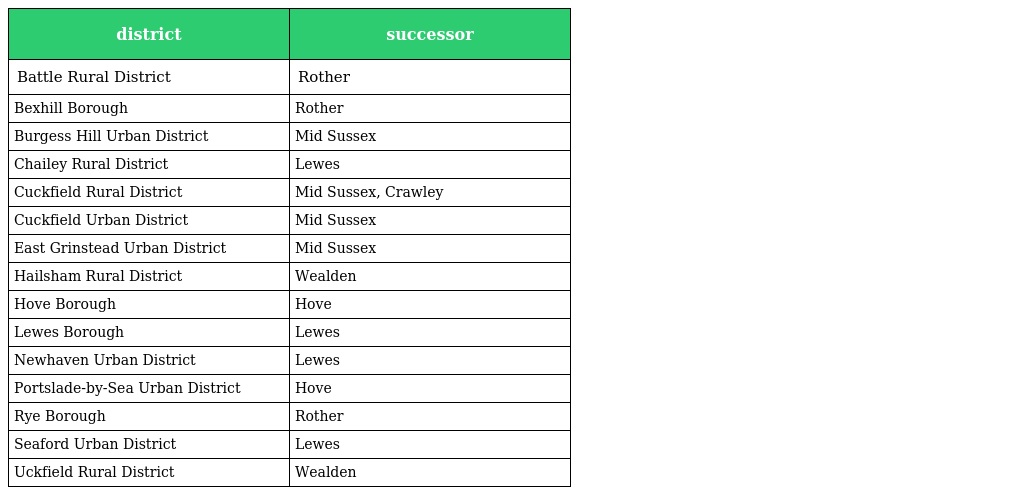
| district | successor |
 | --- | --- |
 | Battle Rural District | Rother |
 | Bexhill Borough | Rother |
 | Burgess Hill Urban District | Mid Sussex |
 | Chailey Rural District | Lewes |
 | Cuckfield Rural District | Mid Sussex, Crawley |
 | Cuckfield Urban District | Mid Sussex |
 | East Grinstead Urban District | Mid Sussex |
 | Hailsham Rural District | Wealden |
 | Hove Borough | Hove |
 | Lewes Borough | Lewes |
 | Newhaven Urban District | Lewes |
 | Portslade-by-Sea Urban District | Hove |
 | Rye Borough | Rother |
 | Seaford Urban District | Lewes |
 | Uckfield Rural District | Wealden |